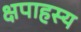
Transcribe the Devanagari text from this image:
क्षपाहस्य